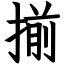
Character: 揃